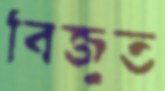
বিজুত